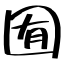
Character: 囿